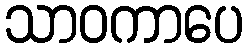
သာဝကာပေ